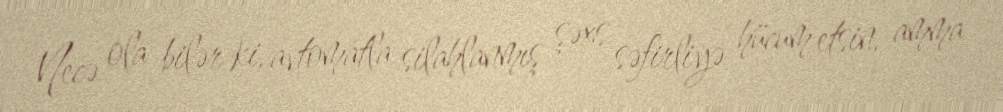
Necə ola bilər ki, avtomatla silahlanmış şəxs səfirliyə hücum etsin, amma